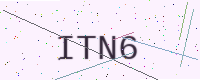
Text: ITN6